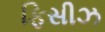
ફિસીઝ